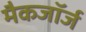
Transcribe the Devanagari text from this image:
मैकजॉर्ज